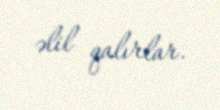
əlil qalırlar.